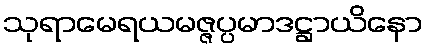
သုရာမေရယမဇ္ဇပ္ပမာဒဋ္ဌာယိနော